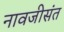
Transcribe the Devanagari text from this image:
नावजीसंत